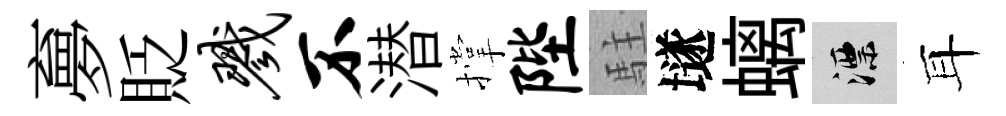
夣貶戮不潜撑陛駐𡑞螭漂耳